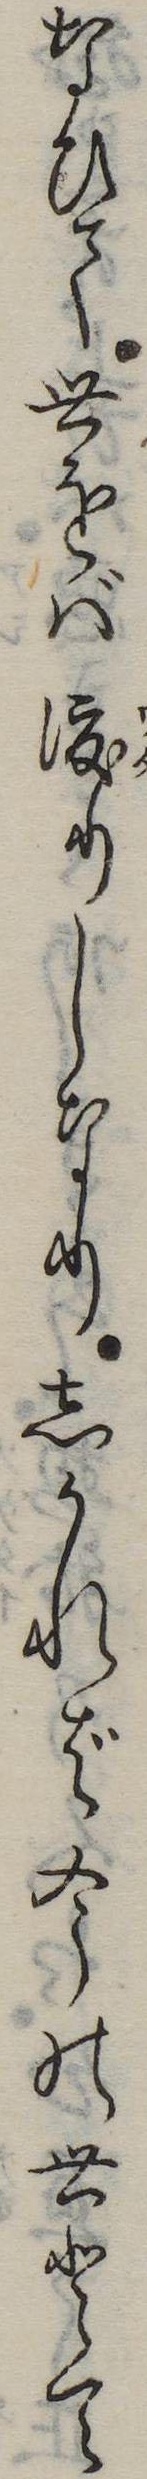
なひて世をば渡りしなりしかれば今の世とて